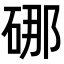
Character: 𪿣